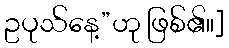
ဥပုသ်နေ့”ဟု ဖြစ်၏။]